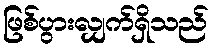
ဖြစ်ပွားလျှက်ရှိသည်